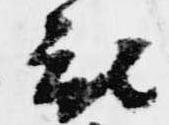
被